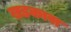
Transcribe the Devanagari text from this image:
खडकास